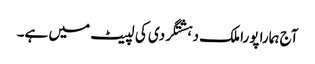
آج ہمارا پورا ملک دہشتگردی کی لپیٹ میں ہے۔